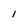
Character: I